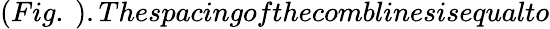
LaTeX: (Fig.\ ).Thespacingofthecomblinesisequalto